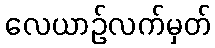
လေယာဉ်လက်မှတ်